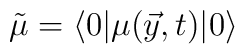
\tilde \mu = \langle 0| \mu(\vec y,t)|0\rangle